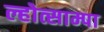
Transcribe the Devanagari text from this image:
ल्होत्साम्पा